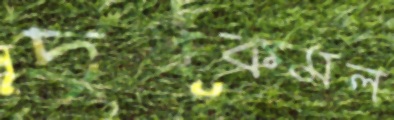
দুধকমল